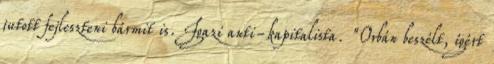
jutott fejleszteni bármit is. Igazi anti-kapitalista. "Orbán beszélt, ígért